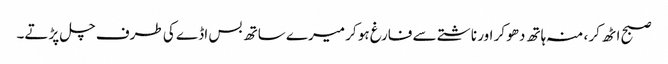
صبح اٹھ کر ، منہ ہاتھ دھو کر اور ناشتے سے فارغ ہو کر میرے ساتھ بس اڈے کی طرف چل پڑتے۔